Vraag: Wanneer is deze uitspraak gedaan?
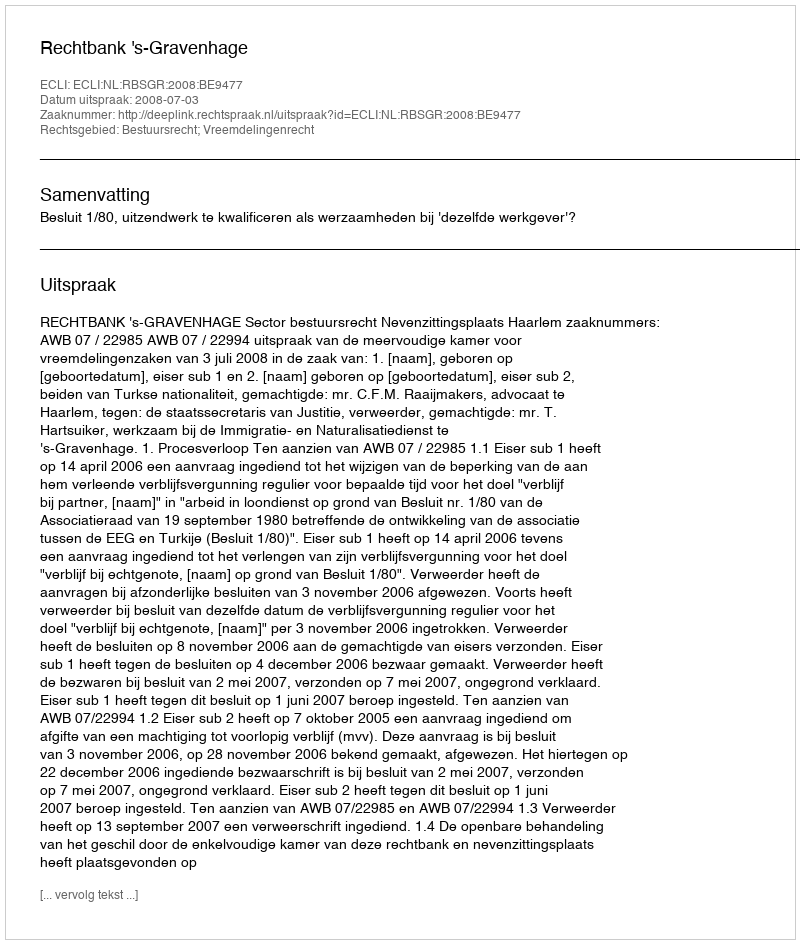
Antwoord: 2008-07-03